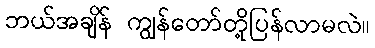
ဘယ်အချိန် ကျွန်တော်တို့ပြန်လာမလဲ။